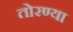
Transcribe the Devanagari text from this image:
तोरण्या